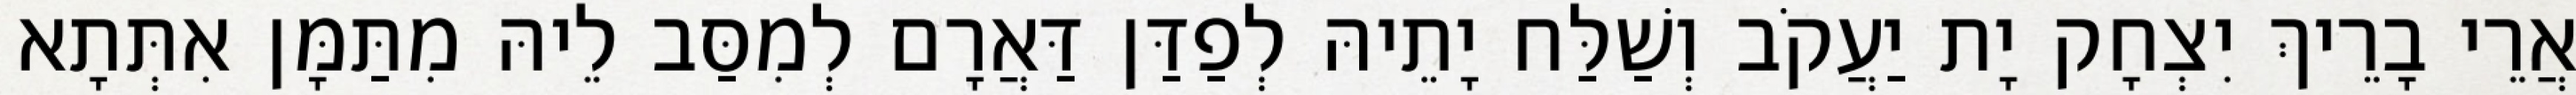
אֲרֵי בָרֵיךְ יִצְחָק יָת יַעֲקֹב וְשַׁלַּח יָתֵיהּ לְפַדַּן דַּאֲרָם לְמִסַּב לֵיהּ מִתַּמָּן אִתְּתָא